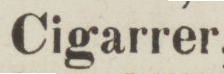
Cigarrer,